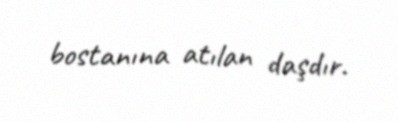
bostanına atılan daşdır.